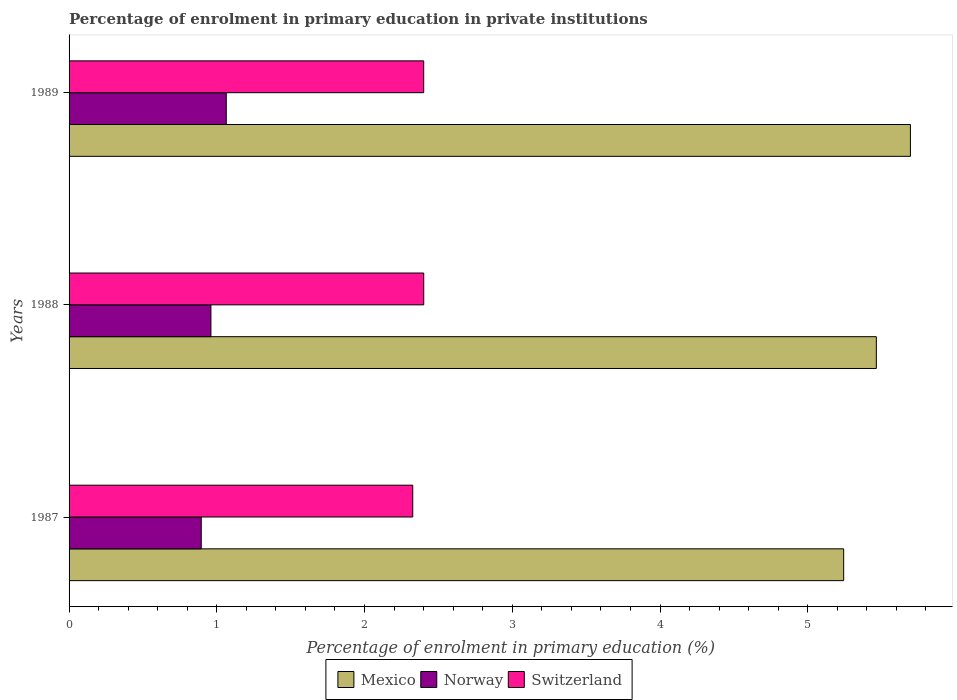
| Years | Mexico | Norway | Switzerland |
 | --- | --- | --- | --- |
 | 1987 | 5.24 | 0.895 | 2.33 |
 | 1988 | 5.46 | 0.96 | 2.4 |
 | 1989 | 5.7 | 1.06 | 2.4 |